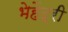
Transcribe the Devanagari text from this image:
भेहेंद्री